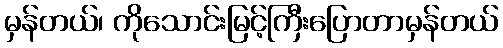
မှန်တယ်၊ ကိုသောင်းမြင့်ကြီးပြောတာမှန်တယ်